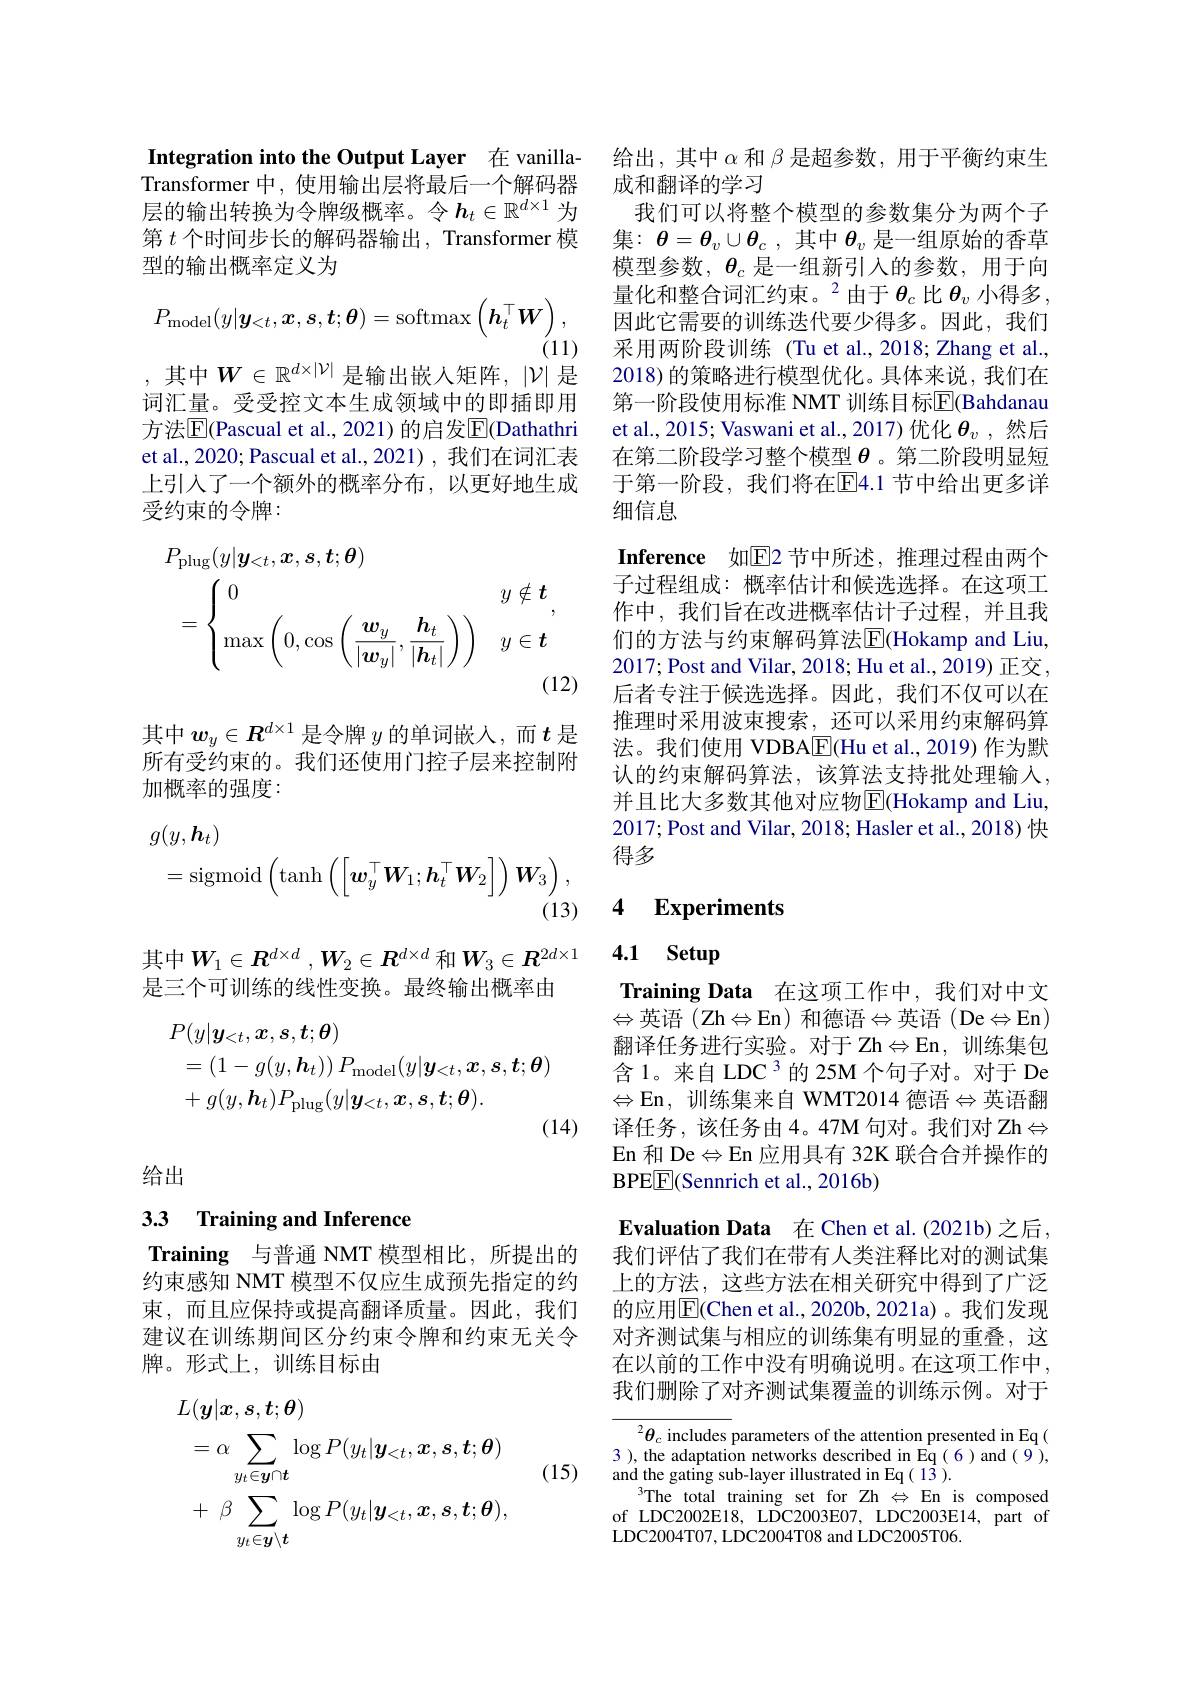
Integration into the Output Layer 在 vanilla- 给出，其中$\alpha$和$\beta$是超参数，用于平衡约束生
Transformer 中，使用输出层将最后一个解码器 成和翻译的学习
层的输出转换为令牌级概率。令$h_t\in\mathbb{R}^{d\times1}$ 为第$t$个时间步长的解码器输出，Transformer 模型的输出概率定义为
$$P_{\mathrm{model}}(y|\boldsymbol{y}_{<t},\boldsymbol{x},\boldsymbol{s},\boldsymbol{t};\boldsymbol{\theta})=\mathrm{softmax}\left(\boldsymbol{h}_{t}^{\top}\boldsymbol{W}\right),$$
(11)

,其中$W\in\mathbb{R}^d\times|\mathcal{V}|$ 是输出嵌入矩阵，$|\mathcal{V}|$ 是

词汇量。受受控文本生成领域中的即插即用方法$\overline{\mathrm{E}}($Pascual et al., 2021) 的启发$\overline{\mathrm{E}}($Dathathri et al., 2020; Pascual et al., 2021) , 我们在词汇表上引入了一个额外的概率分布，以更好地生成受约束的令牌：
$$\begin{aligned}&P_{\mathrm{plug}}(y|\boldsymbol{y}_{<t},\boldsymbol{x},\boldsymbol{s},\boldsymbol{t};\boldsymbol{\theta})\\&=\begin{cases}0&y\notin\boldsymbol{t}\\\max\left(0,\cos\left(\frac{\boldsymbol{w}_y}{|\boldsymbol{w}_y|},\frac{\boldsymbol{h}_t}{|\boldsymbol{h}_t|}\right)\right)&y\in\boldsymbol{t}\end{cases},\\&&\text{(12}\end{aligned}$$
其中$w_y\in R^{d\times1}$是令牌$y$的单词嵌入，而$t$是所有受约束的。我们还使用门控子层来控制附加概率的强度：
$$\begin{aligned}&g(y,\boldsymbol{h}_{t})\\&=\mathrm{sigmoid}\left(\mathrm{tanh}\left(\left[\boldsymbol{w}_{y}^{\top}\boldsymbol{W}_{1};\boldsymbol{h}_{t}^{\top}\boldsymbol{W}_{2}\right]\right)\boldsymbol{W}_{3}\right),\\&&\text{(13)}\end{aligned}$$
其中$W_1\in\boldsymbol{R}^{d\times d},\boldsymbol{W}_2\in\boldsymbol{R}^{d\times d}$ 和$\boldsymbol{W}_3\in\boldsymbol{R}^{2d\times1}$
是三个可训练的线性变换。最终输出概率由
$$\begin{aligned}&P(y|\boldsymbol{y}_{<t},\boldsymbol{x},\boldsymbol{s},\boldsymbol{t};\boldsymbol{\theta})\\&=(1-g(y,\boldsymbol{h}_{t}))\:P_{\mathrm{model}}(y|\boldsymbol{y}_{<t},\boldsymbol{x},\boldsymbol{s},\boldsymbol{t};\boldsymbol{\theta})\\&+g(y,\boldsymbol{h}_{t})P_{\mathrm{plug}}(y|\boldsymbol{y}_{<t},\boldsymbol{x},\boldsymbol{s},\boldsymbol{t};\boldsymbol{\theta}).\end{aligned}$$
(14)

给出

# 33 Training and Inference

Training 与普通 NMT 模型相比，所提出的约束感知 NMT 模型不仅应生成预先指定的约束，而且应保持或提高翻译质量。因此，我们建议在训练期间区分约束令牌和约束无关令牌。形式上，训练目标由
$$\begin{aligned}&L(\boldsymbol{y}|\boldsymbol{x},\boldsymbol{s},\boldsymbol{t};\boldsymbol{\theta})\\&=\alpha\sum_{y_{t}\in\boldsymbol{y}\cap\boldsymbol{t}}\log P(y_{t}|\boldsymbol{y}_{<t},\boldsymbol{x},\boldsymbol{s},\boldsymbol{t};\boldsymbol{\theta})\\&+\:\beta\sum_{y_{t}\in\boldsymbol{y}\setminus\boldsymbol{t}}\log P(y_{t}|\boldsymbol{y}_{<t},\boldsymbol{x},\boldsymbol{s},\boldsymbol{t};\boldsymbol{\theta}),\end{aligned}$$
(15)

我们可以将整个模型的参数集分为两个子集：$\theta=\theta_v\cup\theta_c$ ,其中$\theta_v$是一组原始的香草模型参数，$\boldsymbol{\theta}_c$是一组新引入的参数，用于向量化和整合词汇约束。$^2$由于$\theta_c$ 比 $\theta_v$ 小得多， 因此它需要的训练迭代要少得多。因此，我们采用两阶段训练 (Tu et al.,2018;Zhang et al., 2018) 的策略进行模型优化。具体来说，我们在第一阶段使用标准 NMT 训练目标$\overline{\mathrm{E}}($Bahdanau et al., 2015; Vaswani et al., 2017)优化$\boldsymbol{\theta}_v$ ,然后在第二阶段学习整个模型$\theta$ 。第二阶段明显短于第一阶段，我们将在$\overline{\mathrm{E}}4.1$ 节中给出更多详细信息
Inference 如$\overline{\mathrm{E}}$2 节中所述，推理过程由两个子过程组成：概率估计和候选选择。在这项工作中，我们旨在改进概率估计子过程，并且我们的方法与约束解码算法$\operatorname{E}($Hokamp and Liu, 2017; Post and Vilar, 2018; Hu et al., 2019) 正交， 后者专注于候选选择。因此，我们不仅可以在推理时采用波束搜索，还可以采用约束解码算法。我们使用 VDBA$\boxed{\mathrm{F}}($Hu et al.,2019) 作为默认的约束解码算法，该算法支持批处理输入， 并且比大多数其他对应物$\overline{\mathrm{E}}($Hokamp and Liu, 2017; Post and Vilar, 2018; Hasler et al., 2018) 快得多

## 4 $\textbf{Experiments}$

4.1 Setup

Training Data 在这项工作中，我们对中文$\Leftrightarrow$英语 (Zh$\Leftrightarrow$En)和德语$\Leftrightarrow$英语 (De$\Leftrightarrow$En) 翻译任务进行实验。对于 Zh$\Leftrightarrow$E$n$,训练集包含 1。来自 LDC 3 的 25M 个句子对。对于 De $\Leftrightarrow$En, 训练集来自 WMT2014 德语$\Leftrightarrow$英语翻译任务，该任务由 4。47M 句对。我们对 Zh$\Leftrightarrow$ En 和 De$\Leftrightarrow$En 应用具有 32K 联合合并操作的BPEE[F(Sennrich et al., 2016b)

Evaluation Data 在 Chen et al.(2021b) 之后我们评估了我们在带有人类注释比对的测试集上的方法，这些方法在相关研究中得到了广泛的应用$\overline{\mathrm{E}}($Chen et al.,2020b,2021a)。我们发现对齐测试集与相应的训练集有明显的重叠，这在以前的工作中没有明确说明。在这项工作中， 我们删除了对齐测试集覆盖的训练示例。对于

$^2\theta_c$ includes parameters of the attention presented in Eq( 3), the adaptation networks described in Eq(6)and(9), and the gating sub-layer illustrated in Eq( 1$\bar{3}).$
$^{3}$The total training set for Zh $\Leftrightarrow$En is composed of LDC2002E18, LDC2003E07, LDC2003E14, part of LDC2004T07, LDC2004T08 and LDC2005T06.